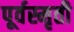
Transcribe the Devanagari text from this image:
पूर्वस्मृती